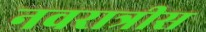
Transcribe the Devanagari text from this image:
नवरात्रीस